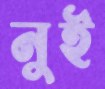
নুই